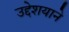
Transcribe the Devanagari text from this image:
उद्देशयाने